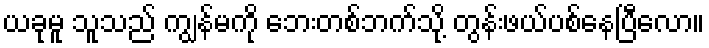
ယခုမူ သူသည် ကျွန်မကို ဘေးတစ်ဘက်သို့ တွန်းဖယ်ပစ်နေပြီလော။